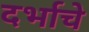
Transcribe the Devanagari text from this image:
दर्भाचे